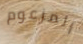
المزعوم